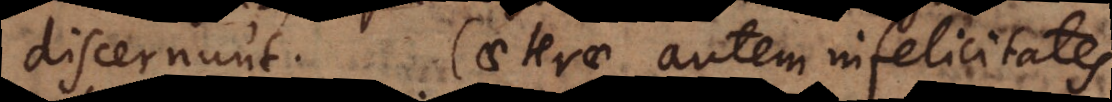
discernunt. Caeterae autem infelicitates